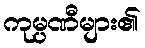
ကုမ္ပဏီများ၏